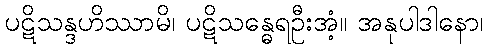
ပဋိသန္ဒဟိဿာမိ၊ ပဋိသန္ဓေရဦးအံ့။ အနုပါဒါနော၊